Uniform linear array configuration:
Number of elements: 16
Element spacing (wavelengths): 0.5
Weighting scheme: hamming
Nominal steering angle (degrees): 0
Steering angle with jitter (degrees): -1.118
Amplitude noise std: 0.05
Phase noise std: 0.05

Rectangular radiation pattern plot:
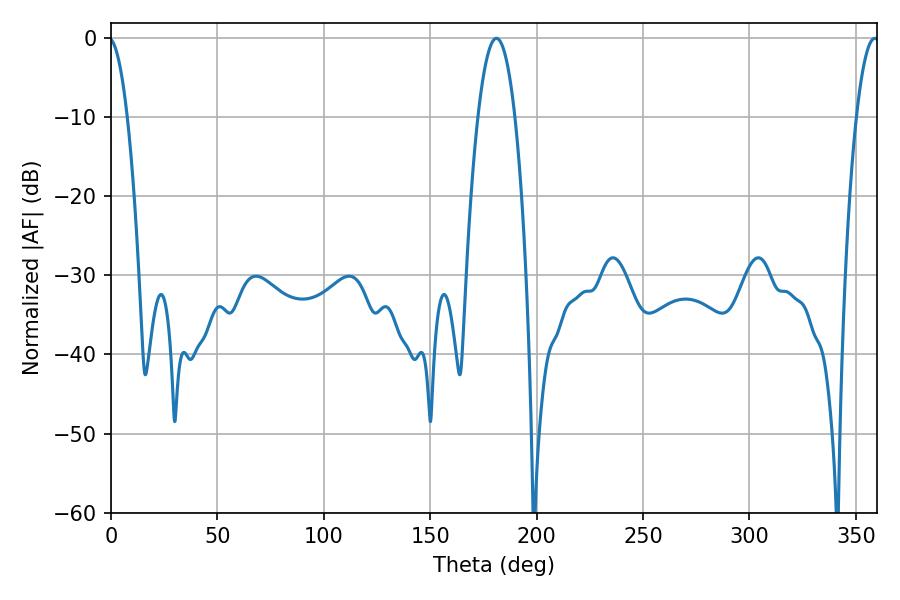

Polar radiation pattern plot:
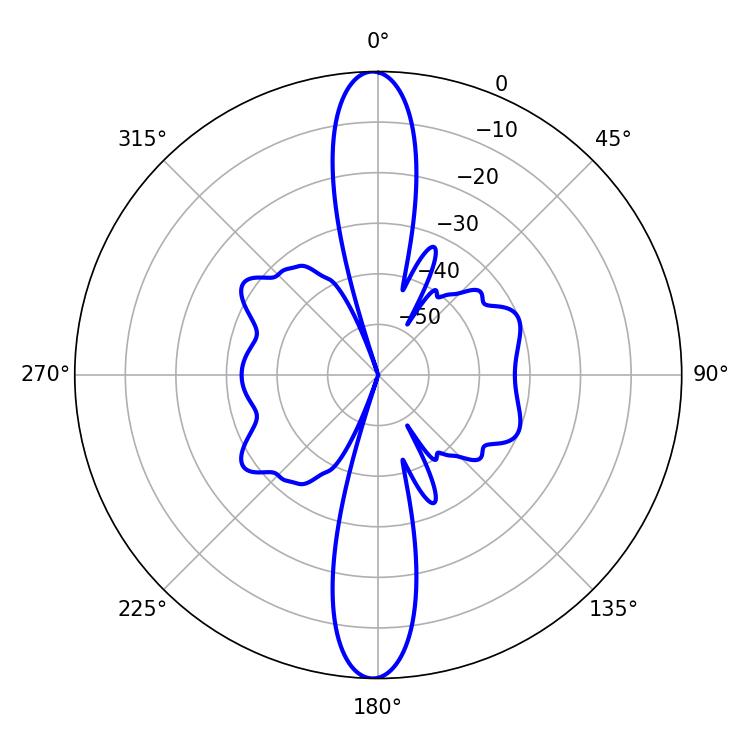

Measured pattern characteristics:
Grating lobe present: FALSE
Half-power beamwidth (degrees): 9.72
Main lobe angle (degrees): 181.08